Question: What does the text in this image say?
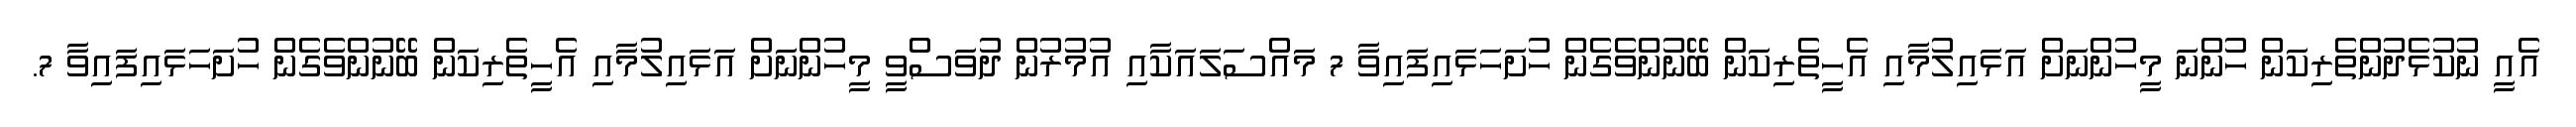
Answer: އެއީ ނުކުޅެދުންތެރިކަން ހުންނަ މީހުންނަށް އަޅައިލުމާއި އެހީތެރިކަން ބޭނުންވެގެން ހުށަހަޅައިފައިވާ 7 މައްސަލައަކާއި އުމުރުން ދުވަސްވީ މީހުންނަށް އަޅައިލުމާއި އެހީތެރިކަން ބޭނުންވެގެން ހުށަހަޅައިފައިވާ 7.